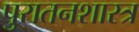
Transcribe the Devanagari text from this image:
पुरातनशास्त्र